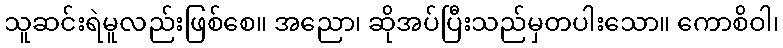
သူဆင်းရဲမူလည်းဖြစ်စေ။ အညော၊ ဆိုအပ်ပြီးသည်မှတပါးသော။ ကောစိဝါ၊